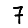
Digit: 7